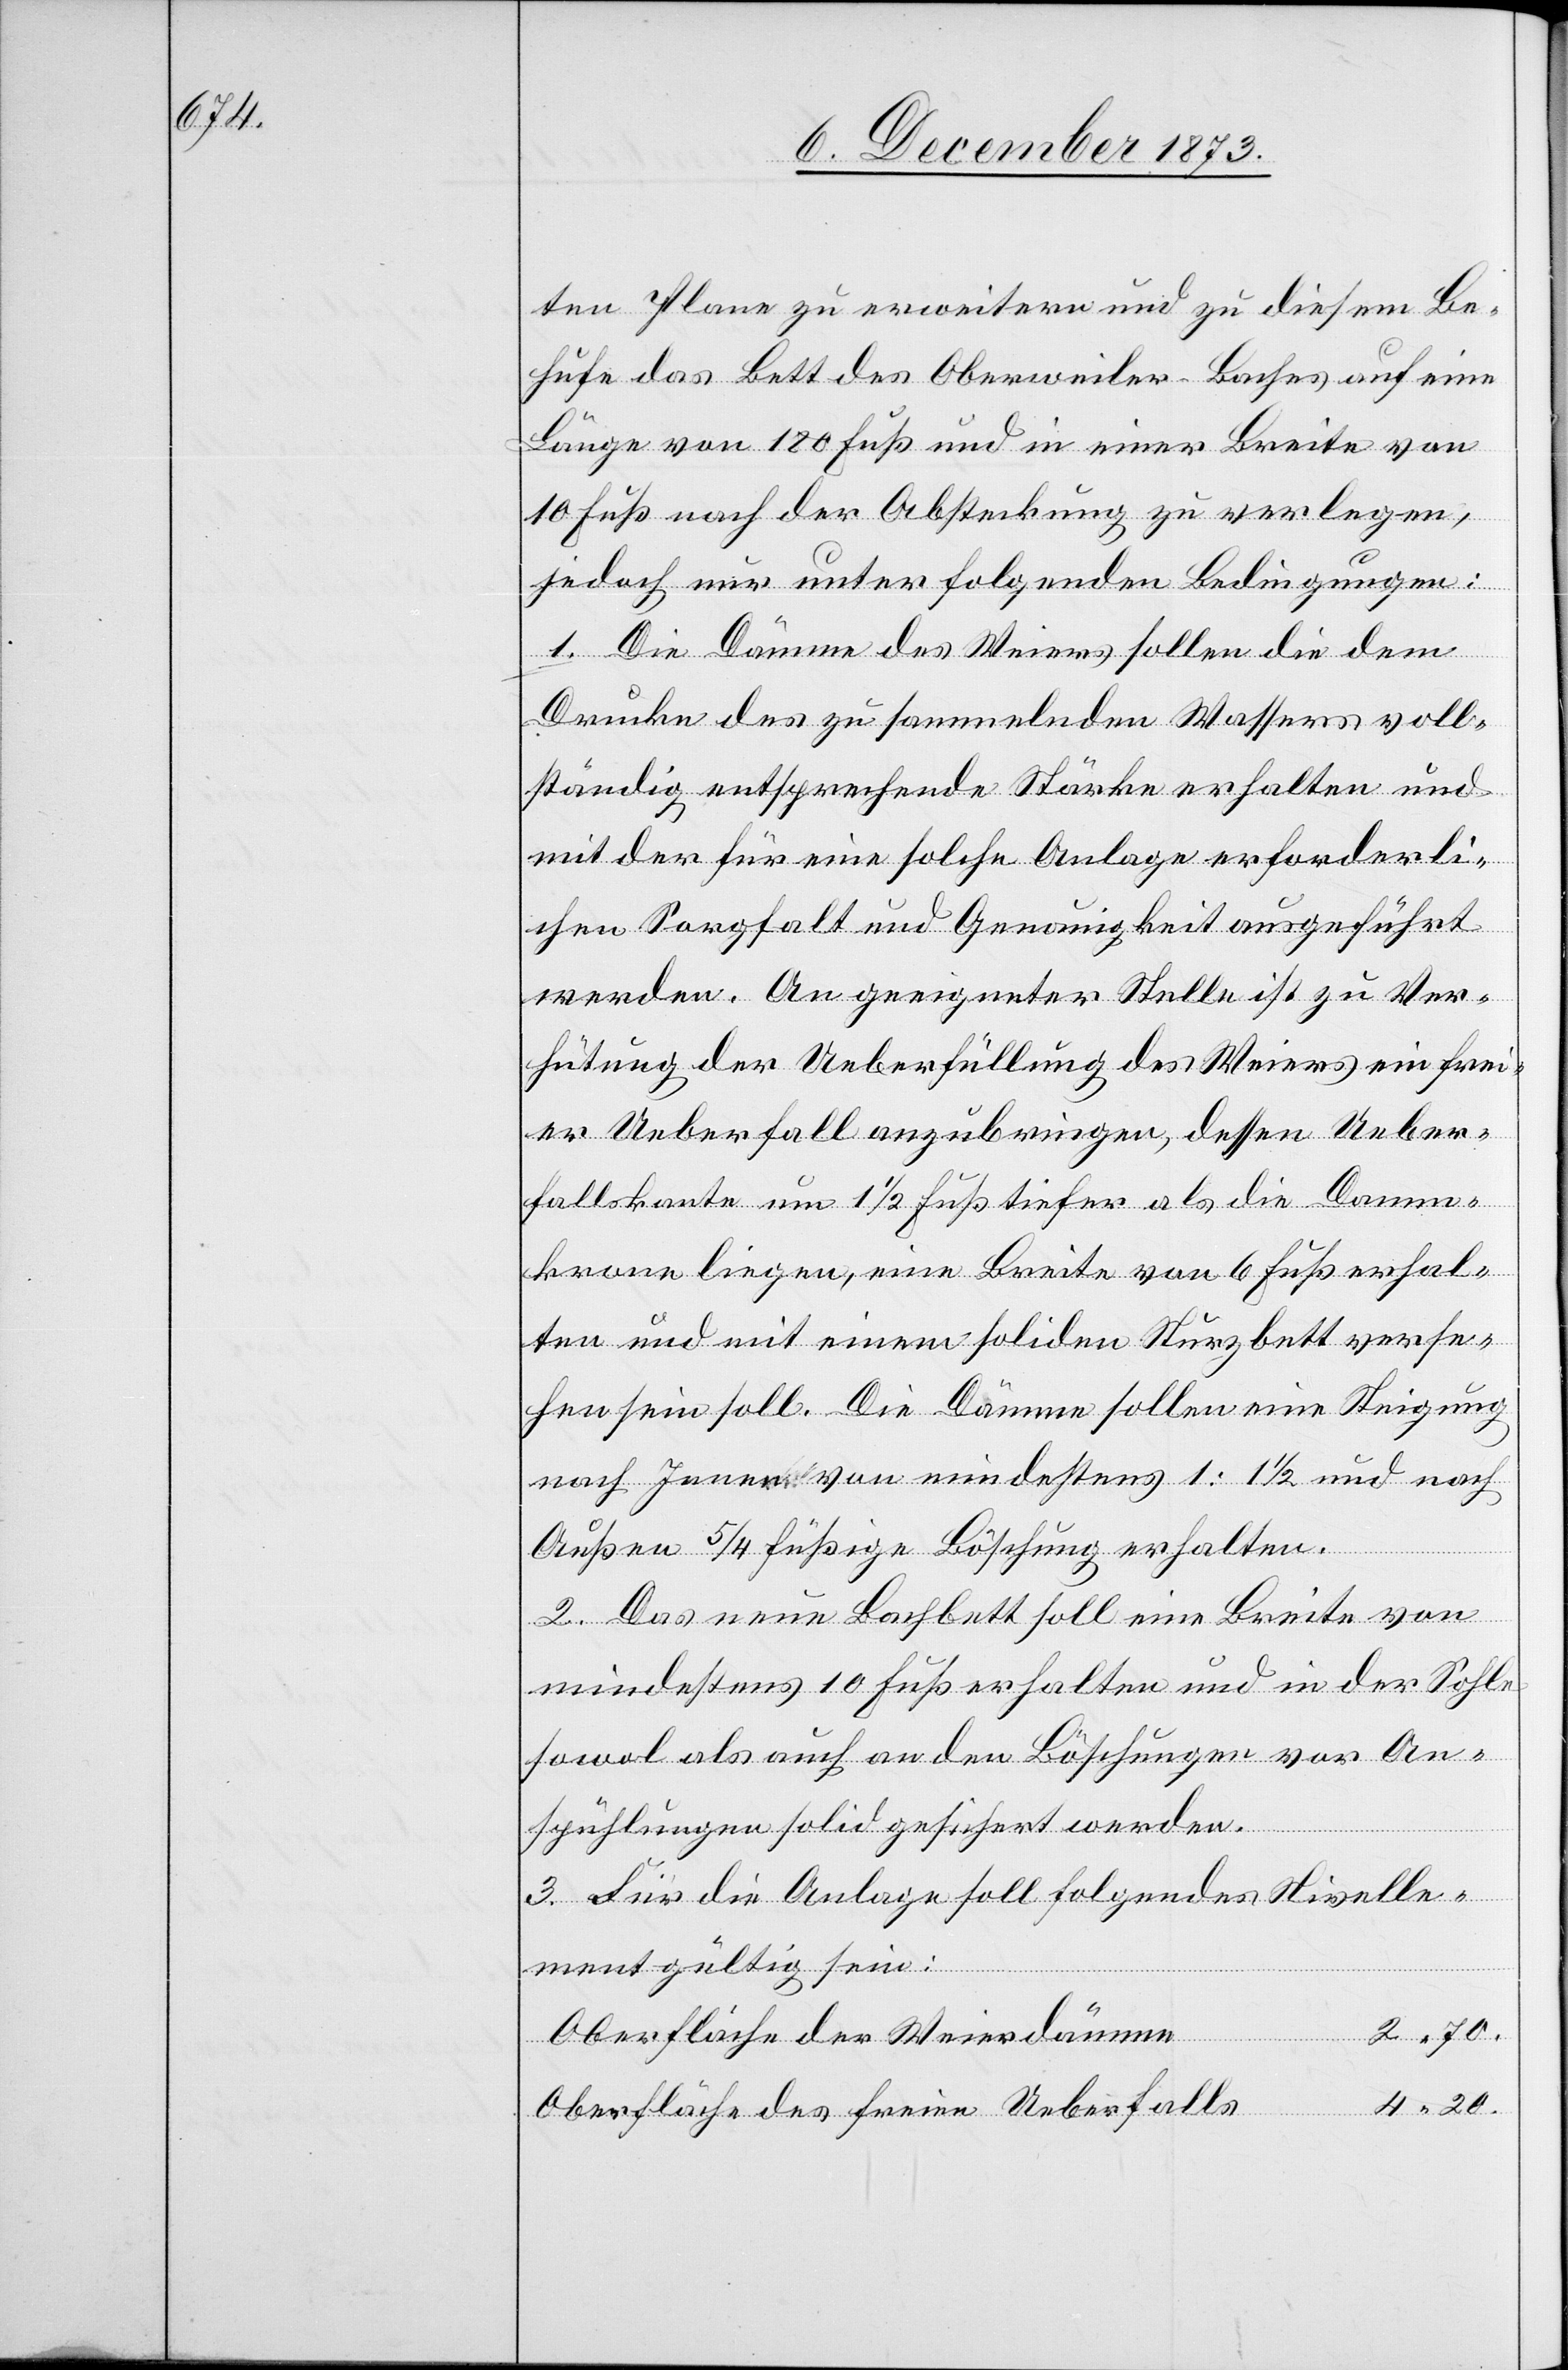
ten Plane zu erweitern und zu diesem Be¬
hufe das Bett des Oberweiler-Baches auf eine
Länge von 180 Fuß und in einer Breite von
10 Fuß nach der Absteckung zu verlegen,
jedoch nur unter folgenden Bedingungen:
1. Die Dämme des Weiers sollen die dem
Drucke des zu sammelnden Wassers voll¬
ständig entsprechende Stärke erhalten und
mit der für eine solche Anlage erforderli¬
chen Sorgfalt und Genauigkeit ausgeführt
werden. An geeigneter Stelle ist zu Ver¬
hütung der Ueberfüllung des Weiers ein frei¬
er Ueberfall anzubringen, dessen Ueber¬
fallskante um 1 1/2 Fuß tiefer als die Damm¬
krone liegen, eine Breite von 6 Fuß erhal¬
ten und mit einem soliden Sturzbett verse¬
hen sein soll. Die Dämme sollen eine Steigung
nach Innen von mindestens 1 : 1 1/2 und nach
Außen 5/4 füßige Böschung erhalten.
2. Das neue Bachbett soll eine Breite von
mindestens 10 Fuß erhalten und in der Sohle
sowol als auch an den Böschungen vor An¬
spühlungen solid gesichert werden.
3. Für die Anlage soll folgendes Nivelle¬
ment gültig sein:
Oberfläche der Weierdämme
4 20.
Oberfläche des freien Ueberfalls